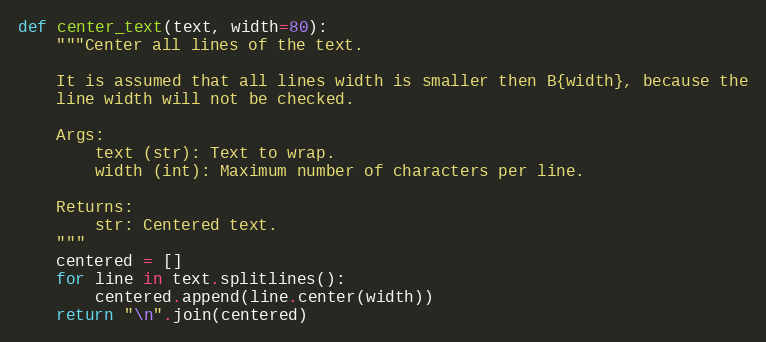
Language: Python
def center_text(text, width=80):
    """Center all lines of the text.

    It is assumed that all lines width is smaller then B{width}, because the
    line width will not be checked.

    Args:
        text (str): Text to wrap.
        width (int): Maximum number of characters per line.

    Returns:
        str: Centered text.
    """
    centered = []
    for line in text.splitlines():
        centered.append(line.center(width))
    return "\n".join(centered)